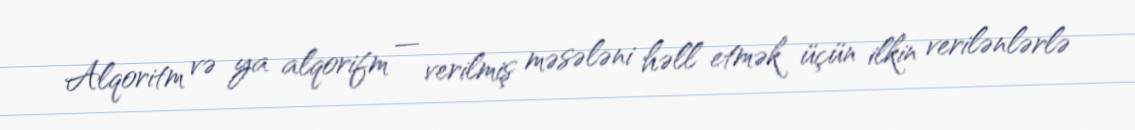
Alqoritm və ya alqorifm — verilmiş məsələni həll etmək üçün ilkin verilənlərlə